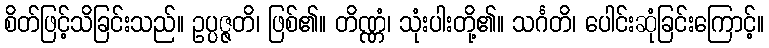
စိတ်ဖြင့်သိခြင်းသည်။ ဥပ္ပဇ္ဇတိ၊ ဖြစ်၏။ တိဏ္ဏံ၊ သုံးပါးတို့၏။ သင်္ဂတိ၊ ပေါင်းဆုံခြင်းကြောင့်။